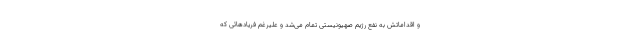
و اقداماتش به نفع رژیم صهیونیستی تمام می‌شد و علیرغم فریادهائی که